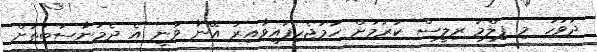
ދުވަހު މި ފިލްމު ރިލީސް ކުރުމަށް ހަމަޖެހިފައިވާއިރު އޭނާ ވަނީ އެ ދެމުނާސަބަތަށް